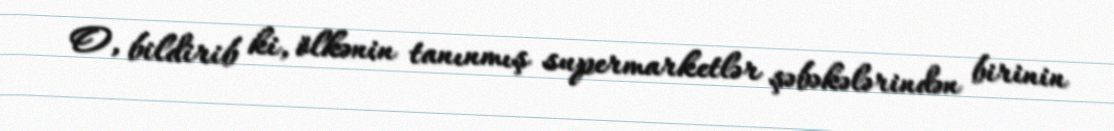
O, bildirib ki, ölkənin tanınmış supermarketlər şəbəkələrindən birinin